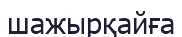
шажырқайға